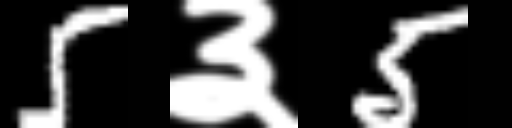
Text: 5३5